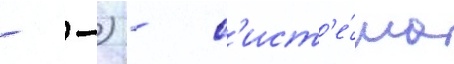
- -) - с'ист'е́ма